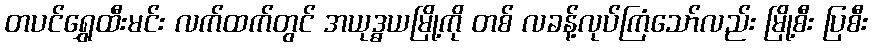
တပင်ရွှေထီးမင်း လက်ထက်တွင် အယုဒ္ဓယမြို့ကို တစ် လခန့်လုပ်ကြံသော်လည်း မြို့စီး ပြစီး